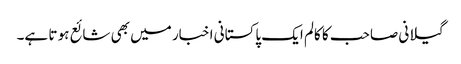
گیلانی صاحب کا کالم ایک پاکستانی اخبار میں بھی شائع ہو تا ہے۔